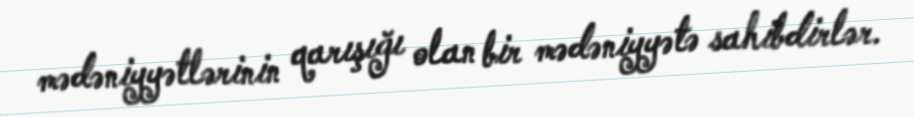
mədəniyyətlərinin qarışığı olan bir mədəniyyətə sahibdirlər.